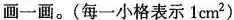
画一画。(每一小格表示1cm^{2})